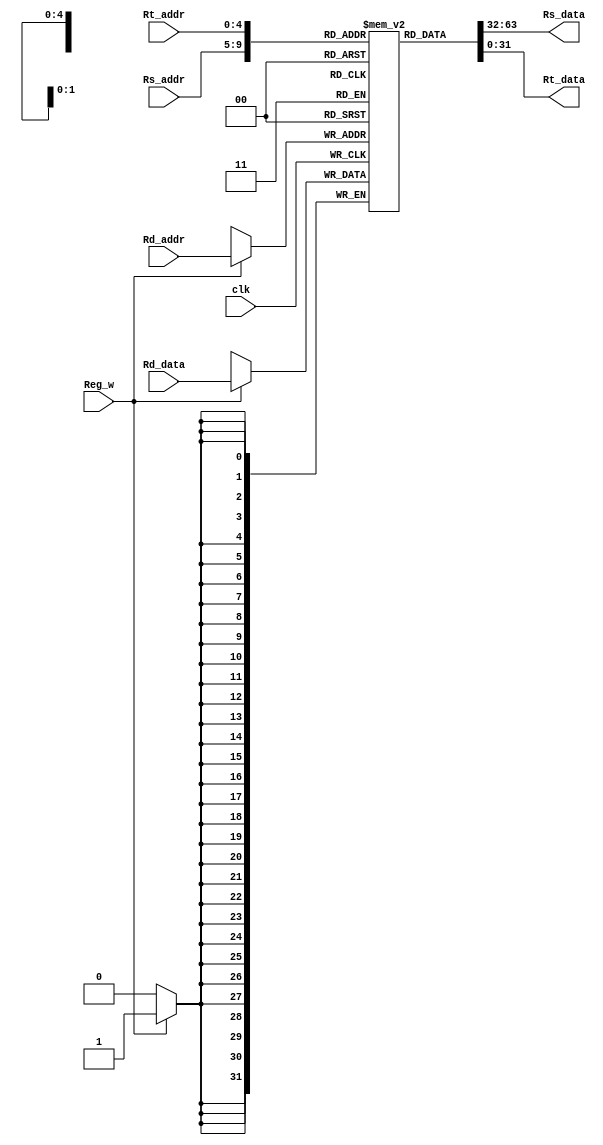
/*
 *	Template for Project 3 Part 2
 *	Copyright (C) 2024 Shi Chen Lin or any person belong ESSLab.
 *	All Right Reserved.
 *
 *	This program is free software: you can redistribute it and/or modify
 *	it under the terms of the GNU General Public License as published by
 *	the Free Software Foundation, either version 3 of the License, or
 *	(at your option) any later version.
 *
 *	This program is distributed in the hope that it will be useful,
 *	but WITHOUT ANY WARRANTY; without even the implied warranty of
 *	MERCHANTABILITY or FITNESS FOR A PARTICULAR PURPOSE.  See the
 *	GNU General Public License for more details.
 *
 *	You should have received a copy of the GNU General Public License
 *	along with this program.  If not, see <https://www.gnu.org/licenses/>.
 *
 *	This file is for people who have taken the cource (1092 Computer
 *	Organizarion) to use.
 *	We (ESSLab) are not responsible for any illegal use.
 *
 */
 
/*
 * Macro of size declaration of register memory
 * CAUTION: DONT MODIFY THE NAME AND VALUE.
 */
`define REG_MEM_SIZE	32	// Words

/*
 * Declaration of Register File for this project.
 * CAUTION: DONT MODIFY THE NAME.
 */
module RF(
	// Outputs
	output [31:0] Rs_data, Rt_data,
	// Inputs
	input [31:0] Rd_data,
	input [4:0] Rs_addr, Rt_addr, Rd_addr,
	input Reg_w, clk
);

	/* 
	 * Declaration of inner register.
	 * CAUTION: DONT MODIFY THE NAME AND SIZE.
	 */
	reg [31:0]R[0:`REG_MEM_SIZE - 1];

	assign Rs_data = R[Rs_addr];
	assign Rt_data = R[Rt_addr];

	always @(negedge clk)
	begin
		if (Reg_w)
			R[Rd_addr] <= Rd_data;
	end

endmodule